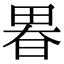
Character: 𤲉